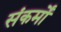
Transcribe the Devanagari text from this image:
संकर्मों